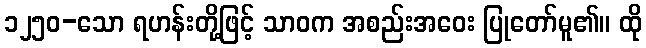
၁၂၅၀-သော ရဟန်းတို့ဖြင့် သာဝက အစည်းအဝေး ပြုတော်မူ၏။ ထို